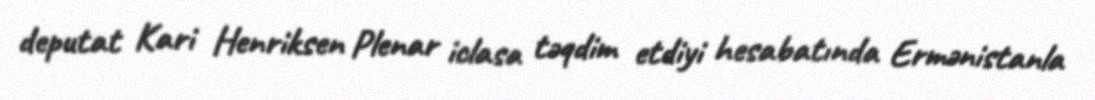
deputat Kari Henriksen Plenar iclasa təqdim etdiyi hesabatında Ermənistanla